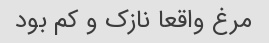
مرغ واقعا نازک و کم بود